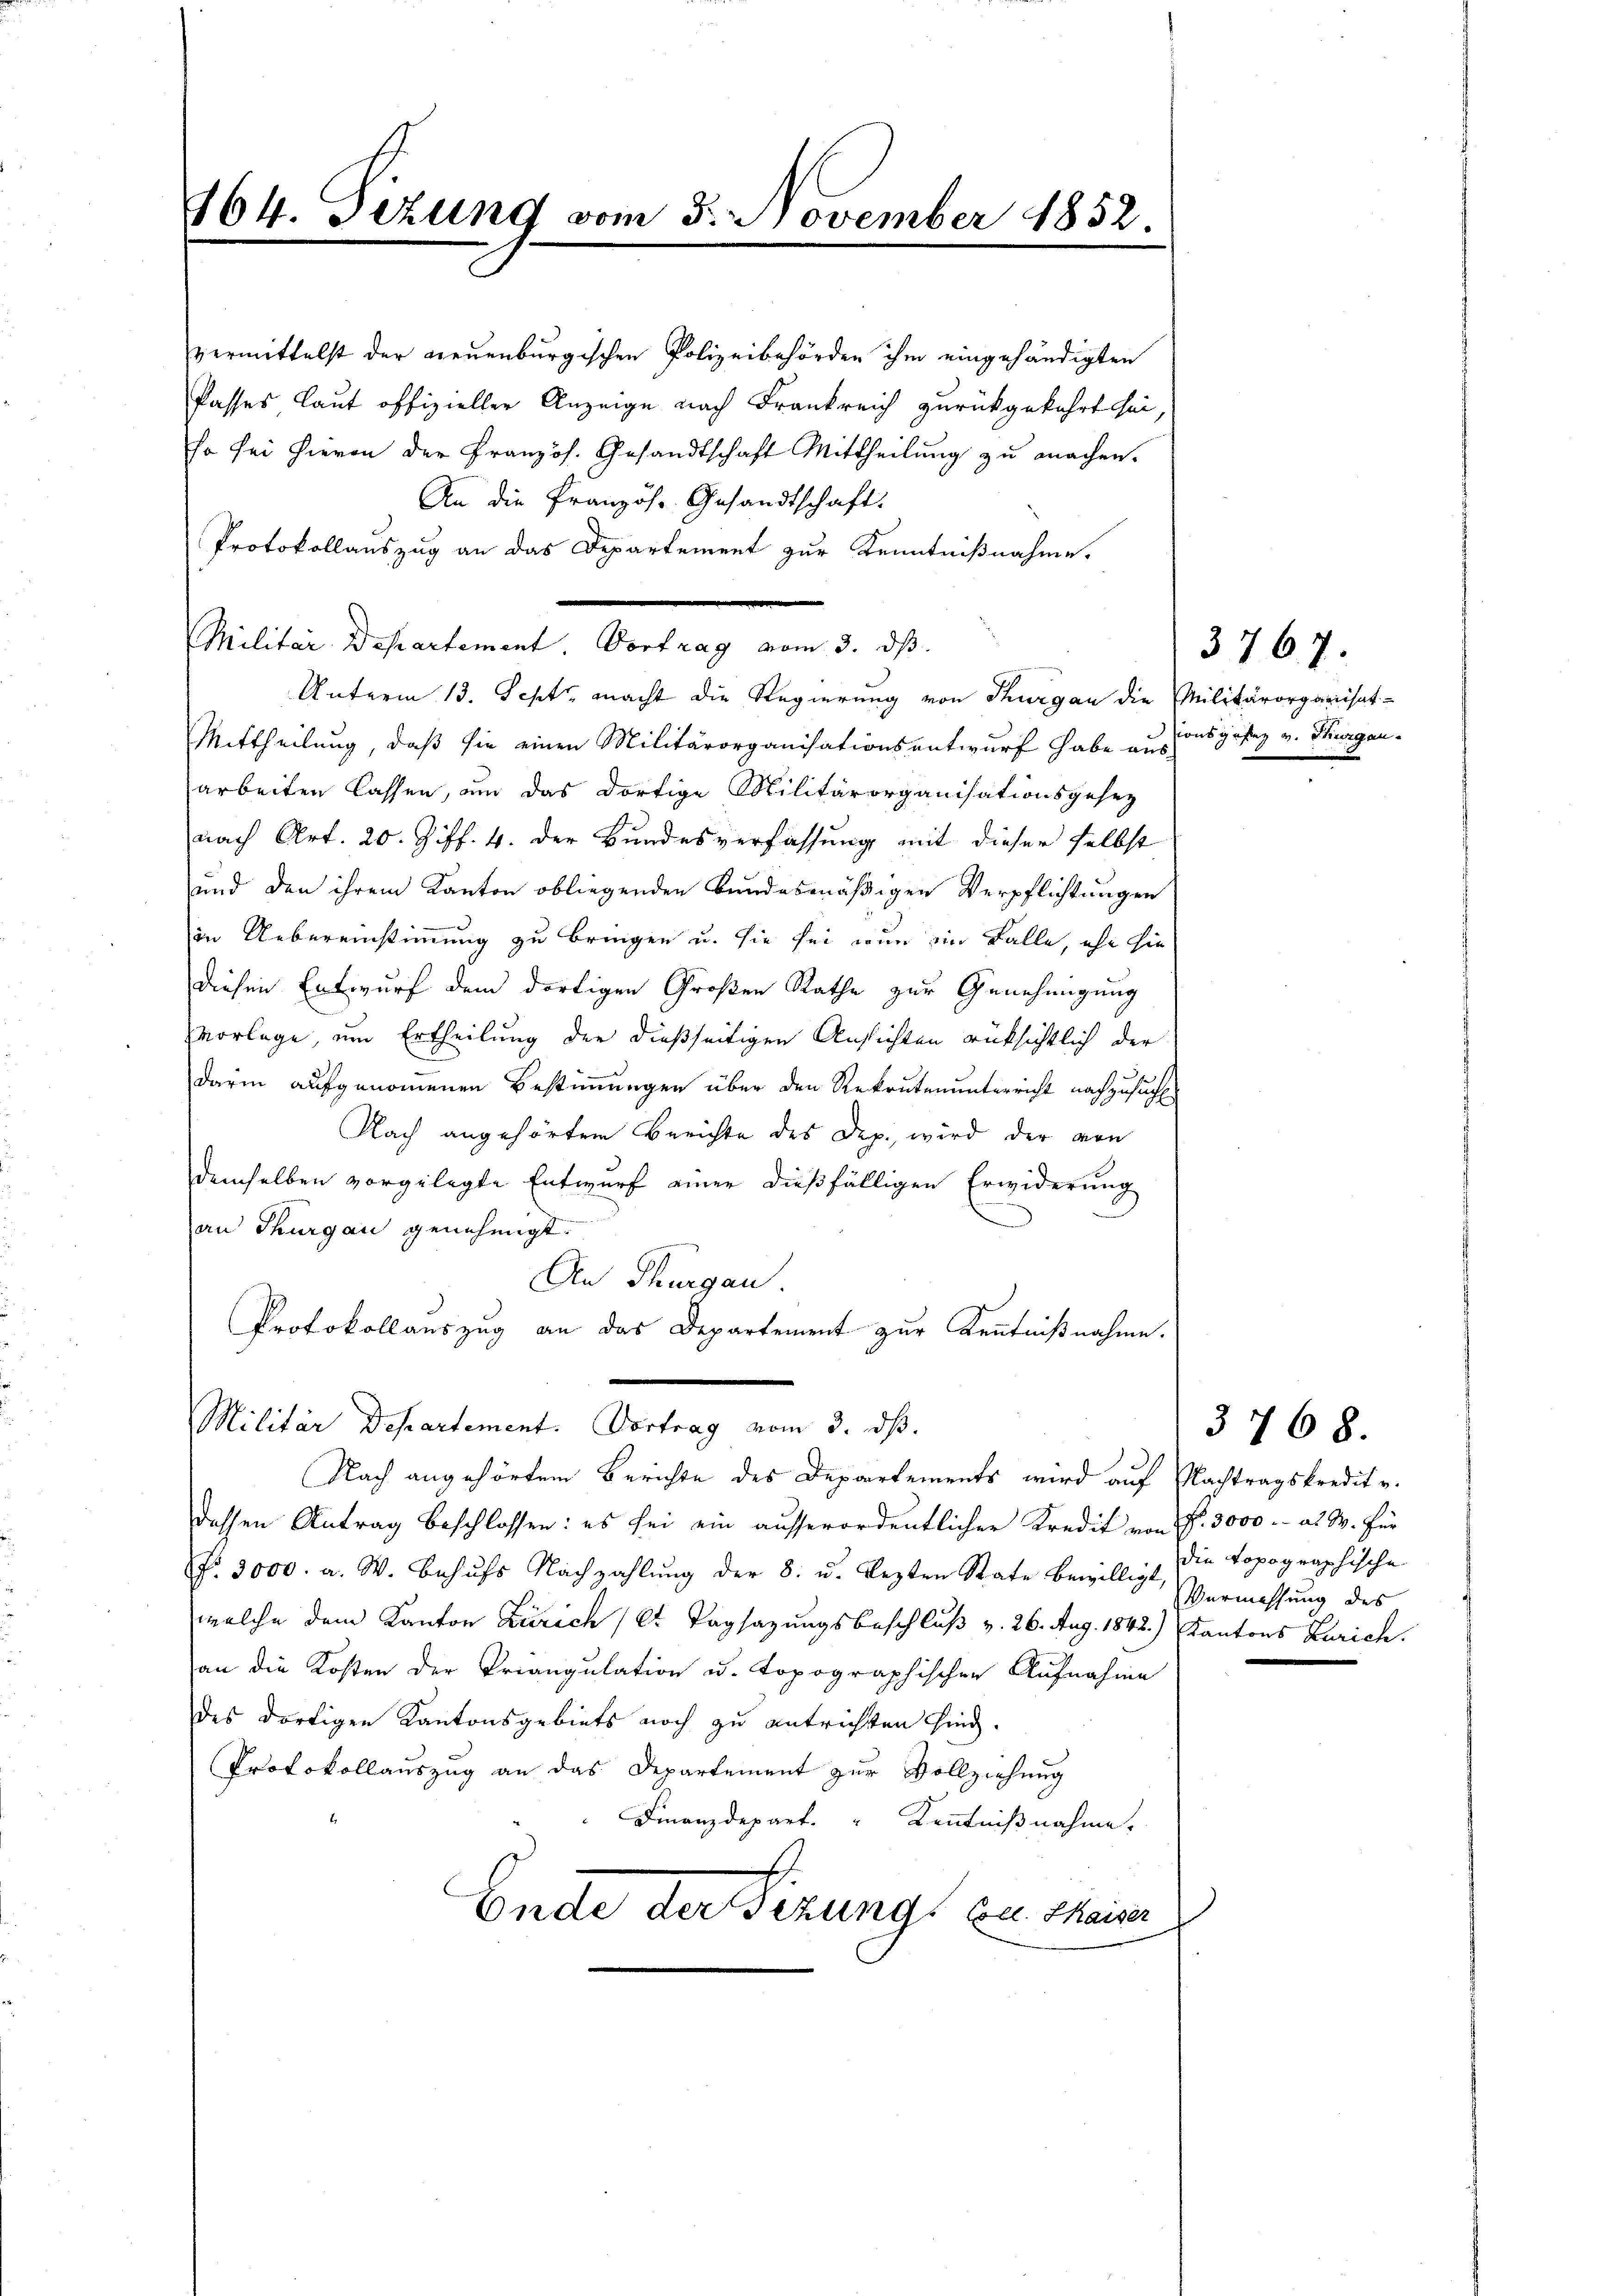
164. Sizung vom 3. November 1852.

vermittelst der neuenburgischen Polizeibehörden ihm eingehändigten
Passes laut offizieller Anzeige nach Frankreich zurückgekehrt sei,
so sei hievon der Französ. Gesandtschaft Mittheilung zu machen.
An die Französ. Gesandtschaft.
Protokollauszug an das Departement zur Kenntnißnahme.
Unterm 13. Sept macht die Regierung von Thurgau die Militärorganisat-
Mittheilung, daß sie einen Militärorganisationsantwurf habe ausionsgesez v. Thurgauarbeiten lassen, um das dortige Militärorganisationsgesez
nach Art. 20. Ziff. 4. der Bundesverfassung mit dieser selbst
und den ihrem Kanton obliegenden Bundesmäßigen Verpflichtungen
in Uebereinstimmung zu bringen u. sie sei nun im Falle, ihn hie
diesen Entwurf dem dortigen Großen Rathe zur Genehmigung
vorlage, um Ertheilung der dießseitigen Ansichten rücksichtlich der
darin aufgenommenen Bestimmungen über den Rekrutenunterricht nachzusuch
Nach angehörtem Berichte des Dep. wird der von
demselben vorgelegte Entwurf einer dießfälligen Erwiderung
an Thurgau genehmigt.
An Thurgau.
Protokollauszug an das Departement zur Kenntnißnahme.
e

Militar Departement. Vortrag vom 3. ds.

Militär Departement. Vortrag vom 3. ds.
Nach angehörtem Berichte des Departements wird auf Nachtragskredit u.

dessen Antrag beschlossen: es sei ein ausserordentlicher Kredit von Nr. 3000.- als W. für
No. 3000. a. W. behufs Nachzahlung der 8. u. lezten State bewilligt, die topographische
welche dem Kanton Zürich (lt. Tagsazungsbeschluß v. 26. Aug. 1842.) Kantons Zürich.
an die Kosten der Priangulation u. Topographischen Aufnahme
des dortigen Kantonsgebiets noch zu entrichten sind.
Protokollauszug an das Departement zur Vollziehung
Finanzdepart. " Kenntnißnahme.
Ende der Sizung zu theiter

3767.

Vermessung des

3768.